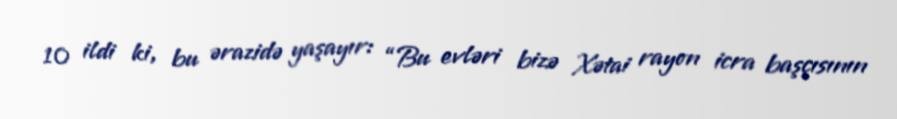
10 ildi ki, bu ərazidə yaşayır: “Bu evləri bizə Xətai rayon icra başçısının